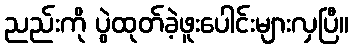
ညည်းကို ပွဲထုတ်ခဲ့ဖူးပေါင်းများလှပြီ။